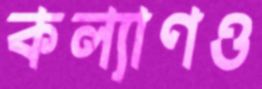
কল্যাণও